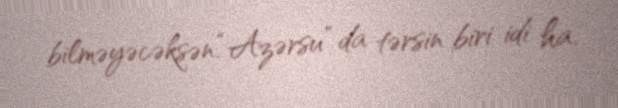
bilməyəcəksən.“Azərsu” da tərsin biri idi ha.